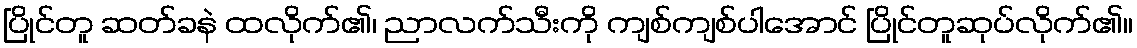
ပြိုင်တူ ဆတ်ခနဲ ထလိုက်၏၊ ညာလက်သီးကို ကျစ်ကျစ်ပါအောင် ပြိုင်တူဆုပ်လိုက်၏။